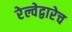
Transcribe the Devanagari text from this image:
रेल्वेद्वारेच